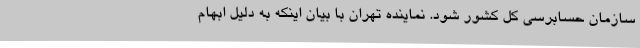
سازمان حسابرسی کل کشور شود. نماینده تهران با بیان اینکه به دلیل ابهام